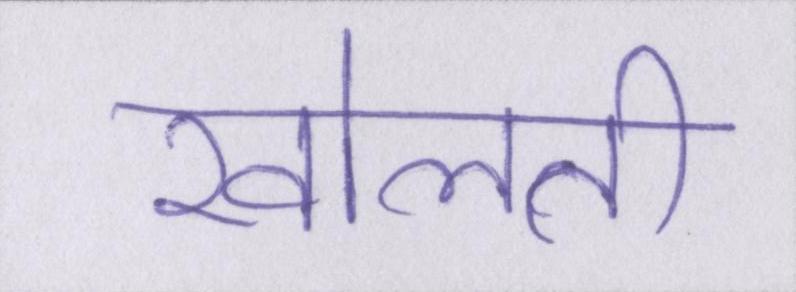
खोलती